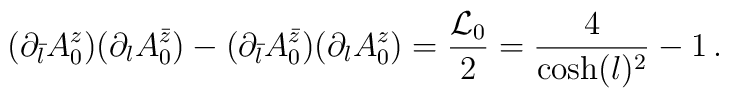
(\partial_{\bar{l}}A_0^{z})(\partial_{l}A_0^{\bar{z}})-(\partial_{\bar{l}}A_0^{\bar{z}})(\partial_{l}A_0^z)=\frac{{\cal L}_0}{2}=\frac{4}{\cosh(l)^2}-1\,.